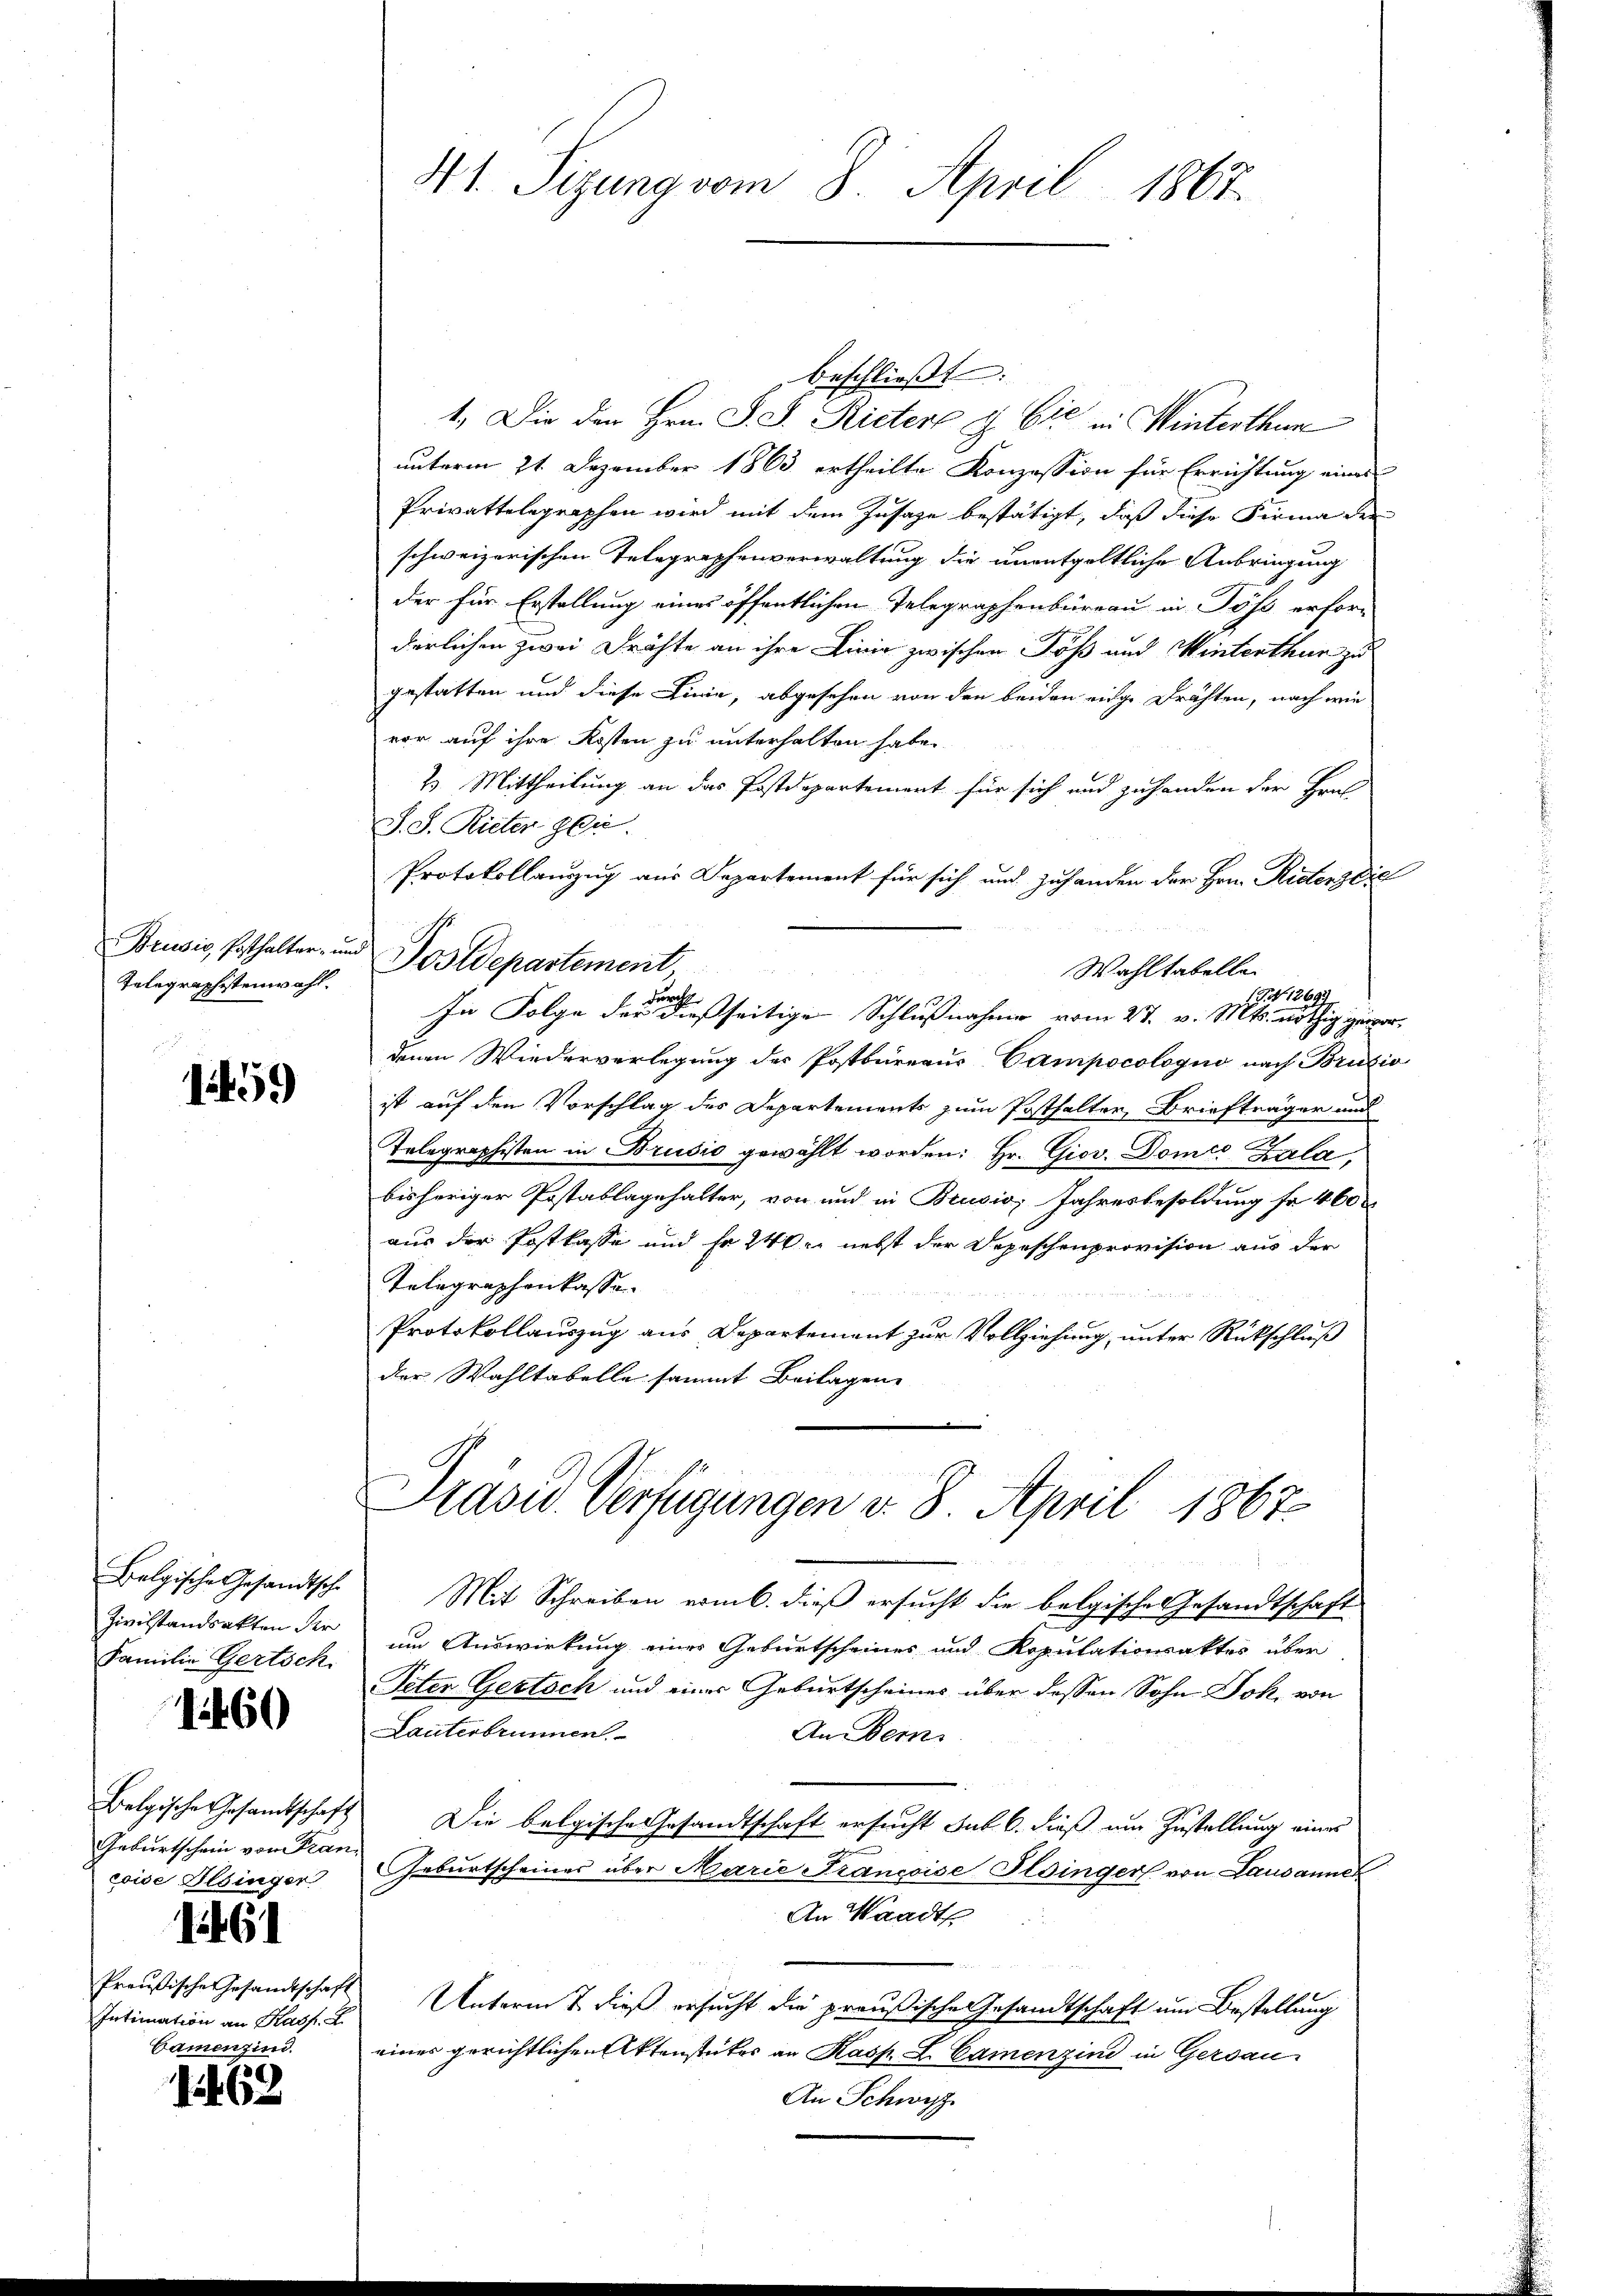
Telegraphistenwahl.

1459

Belgische Gesandtsche
Zivilstandsakten der
Familie Gertsch

1460

Belgische Gesandtschaft
Geburtschein von Francoide Ilsinger

161

Preußische Gesandtschaft
Intimation an Kasp. L.
Camenzind.

1462

beschließt:
1. Die den Hrn. S. S. Rietere d. Die Winterthur
unterm 21. Dezember 1863 ertheilte Konzession für Errichtung einen
Privattelegraphen wird mit dem Zusage bestätigt, daß diese Firma der
schweizerischen Telegraphenverwaltung die unentgeltliche Anbringung
der für Erstellung eines öffentlichen Telegraphenbüreau in Pöss erfor-
derlichen zwei Drähte an ihre Einig zwischen Töß und Winterthur zu
gestatten und diese Linie, abgesehen von den beiden einge Drähten, nach wie
vor auf ihre Kosten zu unterhalten habe
2. Mittheilung an das Postdepartement für sich und zuhanden der Fran
S. S. Rieter gei
Protokollauszug aus Departement für sich und zuhanden der Hrn. Ritterstiel
Brusis, Erthalter- und Postdepartement
Wahltabelle
(P 1269
Forch
In Folge der dießseitige Schlußnahme vom 27. v. Mts. nöthig ginger,
denen Wiederverlegung des Postbüreaus Campocologno nach Bruzio
ist auf den Vorschlag des Departements zum Posthalter, Briefträger und
Telegraphisten in Brusio gewählt worden: Hr. Gior. Domes Zula
bisheriger Postablagehalter, von und in Brusio Jahresbesoldung fr 460
aus der Postkasse und Fr. 240 r. nebst der Depeschenprovision aus der
Telegraphenkasse
Protokollauszug aus Departement zur Vollziehung, unter Rückschluß
der Wahltabelle sammt Beilagen

41. Sizung vom 8. April 1867.

Präsid. Verfügungen v. 8. April 1867

Mit Schreiben vom 6. dieß ersucht die belgische Gesandtschaft
um Auswirkung eines Geburtscheines und Ropulationsaktes über
Peten Gertsch und eines Geburtscheines über dessen Sohn Joh. von
Lauterbrunnen.
An Bemi
Die belgische Gesandtschaft ersucht sub 6. dieß um Zustellung eines

Geburtscheines über Marie Francoise Ildinger von Lausannet
An Waadt
Unterm 7. dieß ersucht die preußische Gesandtschaft um Bestellung
eines gerichtlichen Aktenstücker an Kasp. L. Camenzind in Gersau¬
An Schwyz